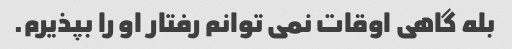
بله گاهی اوقات نمی توانم رفتار او را بپذیرم.